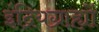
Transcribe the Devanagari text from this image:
इंद्रियग्राह्यों